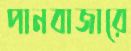
পানবাজারে